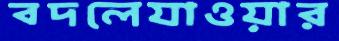
বদলেযাওয়ার